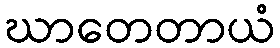
ဃာတေတာယံ